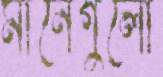
মানেগুলো